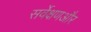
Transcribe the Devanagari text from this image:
सर्वेक्षणऔर